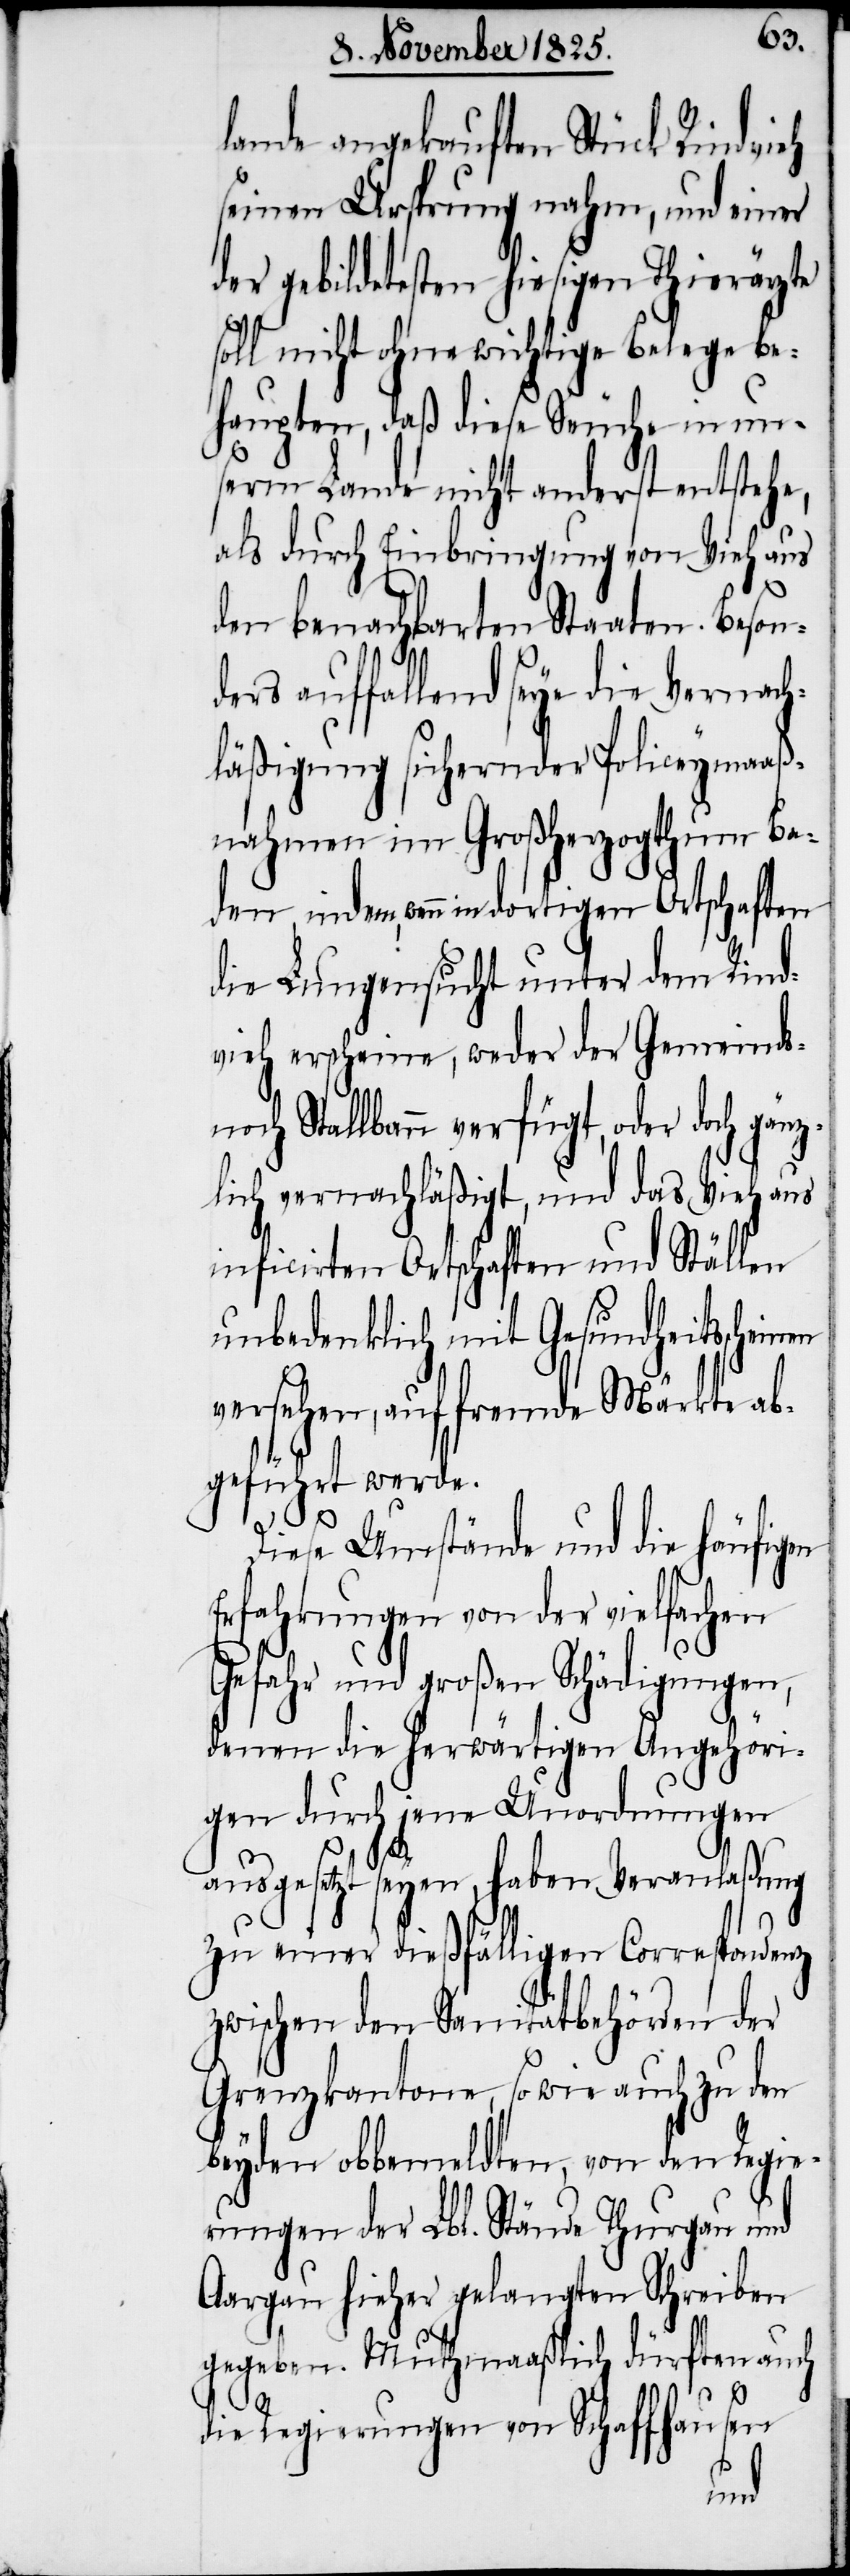
lande angekauften Stück Rindvieh
seinen Ursprung nahm, und einer
der gebildetesten hiesigen Thierärzte
soll nicht ohne wichtige Belege be¬
haupten, daß diese Seuche in un¬
serm Lande nicht anderst entstehe,
als durch Einbringung von Vieh aus
den benachbarten Staaten. Besond¬
ers auffallend seye die Vernach¬
läßigung sichernder Policeymaaß¬
nahmen im Großherzogthum Ba¬
den, indem, wenn in dortigen Ortschaften
die Lungensucht unter dem Rind¬
vieh erscheine, weder der Gemeinds-
och Stallbann verfügt, oder doch gän¬
zlich vernachläßigt, und das Vieh aus
inficirten Ortschaften und Ställen
unbedenklich mit Gesundheitsschei¬
versehen, auf fremde Märkte ab¬
geführt werde.
Diese Umstände und die häufigen
Erfahrungen von der vielfachen
Gefahr und großen Schädigungen,
denen die herwärtigen Angehöri¬
gen durch jene Unordnungen
ausgesetzt seyen, haben Veranlaßung
zu einer dießfälligen Correspondenz
zwischen den Sanitätbehörden der
Grenzkantone, sowie auch zu den
beyden obbemeldten, von den Regie¬
rungen der Lbl. Stände Thurgau und
Aargau hieher gelangten Schreiben
gegeben. Muthmaaßlich dürften auch
die Regierungen von Schaffhausen
nen